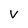
Character: V